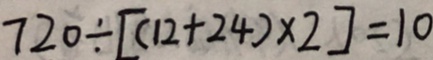
7 2 0 \div [ ( 1 2 + 2 4 ) \times 2 ] = 1 0